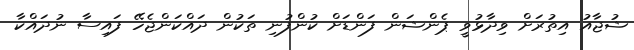
ޝުޖާއު އިތުރަށް ވިދާޅުވީ ޕެންޝަން ފަންޑަށް ކުންފުނި ތަކުން ދައްކަންޖެހޭ ފައިސާ ނުދައްކާ